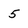
Character: 5